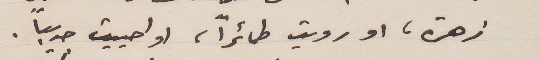
زهرة، او رويت، طائراً، او احييت جديباً.